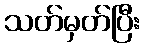
သတ်မှတ်ပြီး